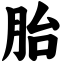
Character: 胎